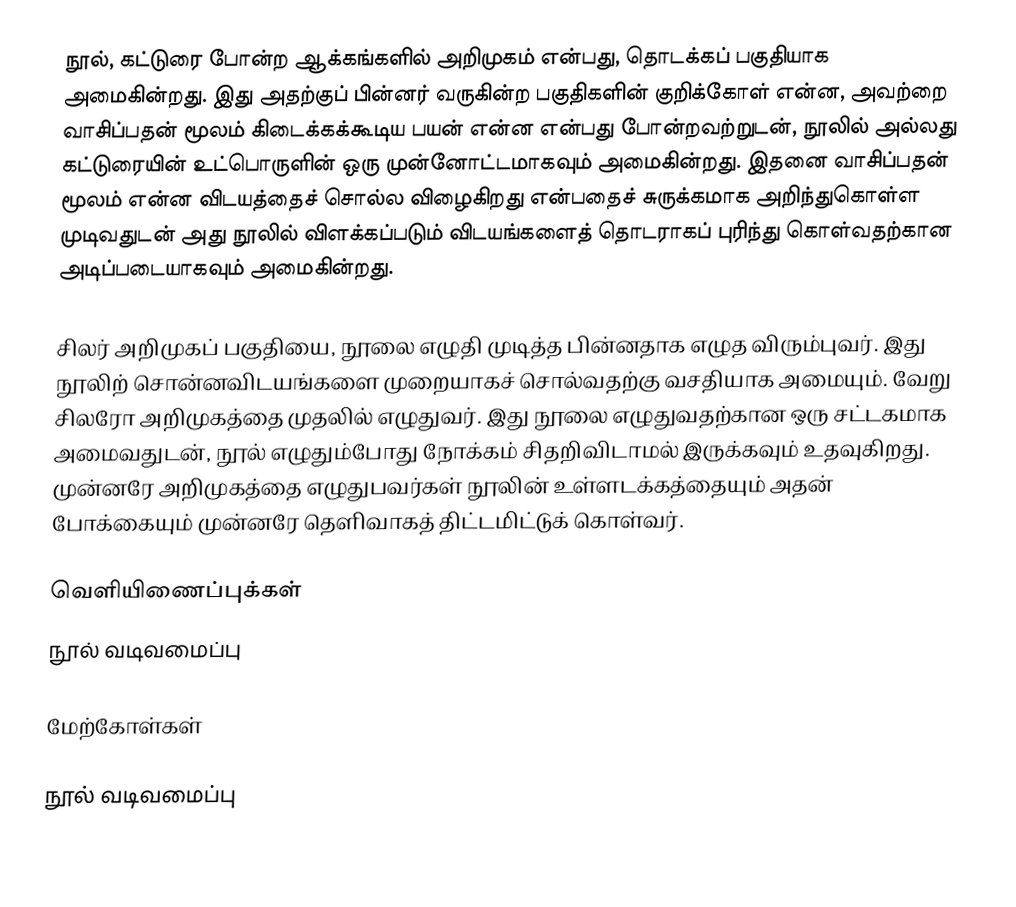
நூல், கட்டுரை போன்ற ஆக்கங்களில் அறிமுகம் என்பது, தொடக்கப் பகுதியாக அமைகின்றது. இது அதற்குப் பின்னர் வருகின்ற பகுதிகளின் குறிக்கோள் என்ன, அவற்றை வாசிப்பதன் மூலம் கிடைக்கக்கூடிய பயன் என்ன என்பது போன்றவற்றுடன், நூலில் அல்லது கட்டுரையின் உட்பொருளின் ஒரு முன்னோட்டமாகவும் அமைகின்றது. இதனை வாசிப்பதன் மூலம் என்ன விடயத்தைச் சொல்ல விழைகிறது என்பதைச் சுருக்கமாக அறிந்துகொள்ள முடிவதுடன் அது நூலில் விளக்கப்படும் விடயங்களைத் தொடராகப் புரிந்து கொள்வதற்கான அடிப்படையாகவும் அமைகின்றது.

சிலர் அறிமுகப் பகுதியை, நூலை எழுதி முடித்த பின்னதாக எழுத விரும்புவர். இது நூலிற் சொன்னவிடயங்களை முறையாகச் சொல்வதற்கு வசதியாக அமையும். வேறு சிலரோ அறிமுகத்தை முதலில் எழுதுவர். இது நூலை எழுதுவதற்கான ஒரு சட்டகமாக அமைவதுடன், நூல் எழுதும்போது நோக்கம் சிதறிவிடாமல் இருக்கவும் உதவுகிறது. முன்னரே அறிமுகத்தை எழுதுபவர்கள் நூலின் உள்ளடக்கத்தையும் அதன் போக்கையும் முன்னரே தெளிவாகத் திட்டமிட்டுக் கொள்வர்.

வெளியிணைப்புக்கள்
 நூல் வடிவமைப்பு

மேற்கோள்கள்

நூல் வடிவமைப்பு